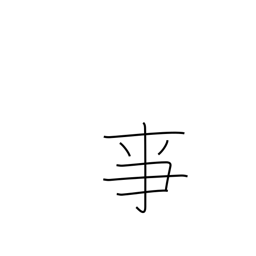
Meaning: to serve